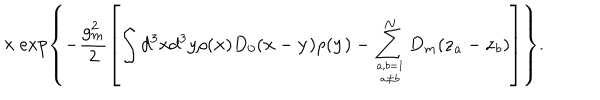
\times \exp \left\{ - \frac { g _ { m } ^ { 2 } } { 2 } \left[ \int d ^ { 3 } x d ^ { 3 } y \rho ( { \bf x } ) D _ { 0 } ( { \bf x } - { \bf y } ) \rho ( { \bf y } ) - \sum _ { { a , b = 1 \atop a \ne b } } ^ { N } D _ { m } ( { \bf z } _ { a } - { \bf z } _ { b } ) \right] \right\} .